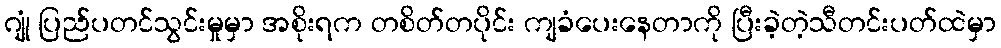
ဂျုံ ပြည်ပတင်သွင်းမှုမှာ အစိုးရက တစိတ်တပိုင်း ကျခံပေးနေတာကို ပြီးခဲ့တဲ့သီတင်းပတ်ထဲမှာ